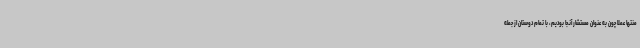
منتها عملاً چون به عنوان مستشار آنجا بودیم، با تمام دوستان از جمله